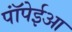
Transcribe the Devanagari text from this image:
पॉंपेईआ